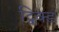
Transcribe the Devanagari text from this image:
ट्विक्ड